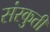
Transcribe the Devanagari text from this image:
संस्कुती